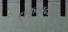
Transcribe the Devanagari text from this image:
दुष्कुलादपि।।